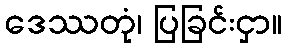
ဒေဿတုံ၊ ပြခြင်းငှာ။